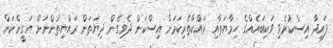
ފައިދާ އިސްކުރެވި ވަކިބައެއްގެ ހިމާޔަތާއި ރައްކާތެރިކަމަށް އިސްކަން ދެވިގެން ދިޔަތަން ރައްޔިތުންނަށް ޔަގީންކަން